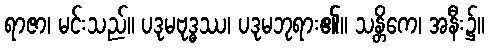
ရာဇာ၊ မင်းသည်။ ပဒုမဗုဒ္ဓဿ၊ ပဒုမဘုရား၏။ သန္တိကေ၊ အနီး၌။